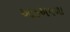
આડઅવળા